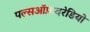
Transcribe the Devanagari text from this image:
पल्सऑफ़दरेडियो